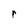
Character: r